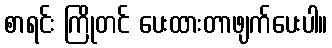
စာရင်း ကြိုတင် ပေးထားတာဖျက်ပေးပါ။